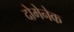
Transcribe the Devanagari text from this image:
दोमेनेक